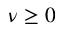
\nu \ge 0